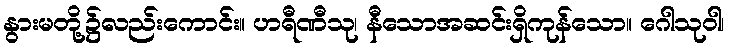
နွားမတို့၌လည်းကောင်း။ ဟရီဏီသု၊ နီသောအဆင်းရှိကုန်သော။ ဂေါသုဝါ၊